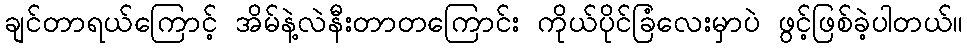
ချင်တာရယ်ကြောင့် အိမ်နဲ့လဲနီးတာတကြောင်း ကိုယ်ပိုင်ခြံလေးမှာပဲ ဖွင့်ဖြစ်ခဲ့ပါတယ်။